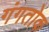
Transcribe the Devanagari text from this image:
गंगतोक